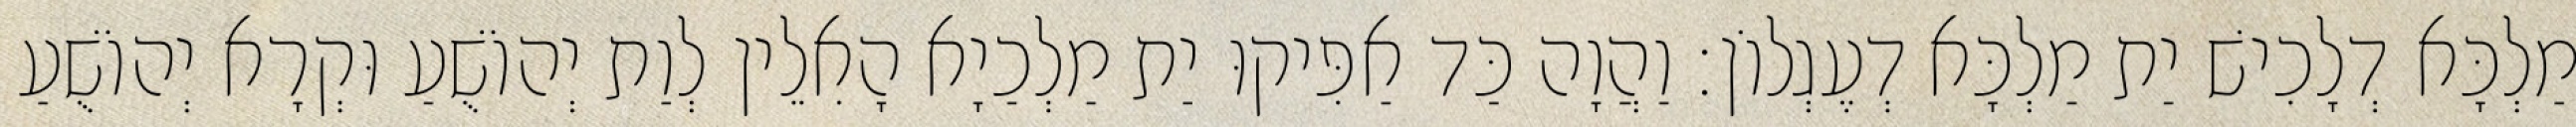
מַלְכָּא דְלָכִישׁ יַת מַלְכָּא דְעֶגְלוֹן׃ וַהֲוָה כַּד אַפִּיקוּ יַת מַלְכַיָא הָאִלֵין לְוַת יְהוֹשֻׁעַ וּקְרָא יְהוֹשֻׁעַ